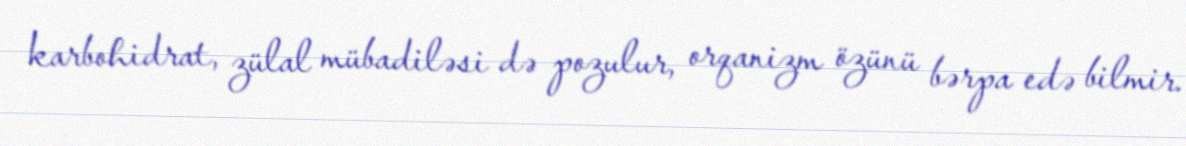
karbohidrat, zülal mübadiləsi də pozulur, orqanizm özünü bərpa edə bilmir.